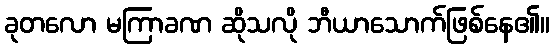
ခုတလော မကြာခဏ ဆိုသလို ဘီယာသောက်ဖြစ်နေ၏။